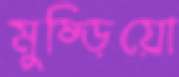
মুষ্‌ড়িয়ো